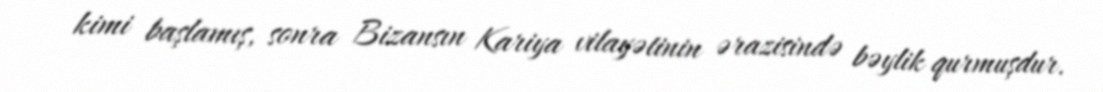
kimi başlamış, sonra Bizansın Kariya vilayətinin ərazisində bəylik qurmuşdur.